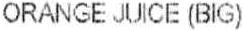
ORANGE JUICE (BIG)